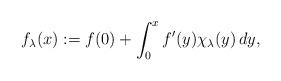
LaTeX: \begin{align*}f_\lambda(x) := f(0) + \int_0^x f'(y)\chi_\lambda(y)\,dy,\end{align*}